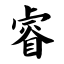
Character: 睿